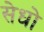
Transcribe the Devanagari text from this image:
सेधो